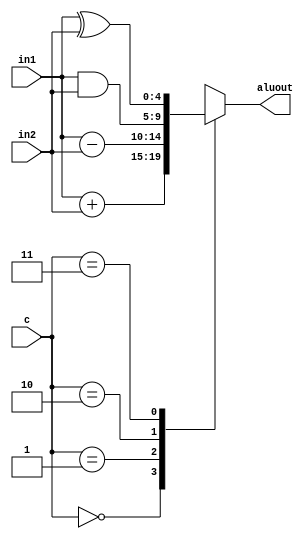
`timescale 1ns / 1ps
module ALU (in1, in2, c, aluout);
input [4:0] in1, in2;
input [1:0] c;
output reg [4:0] aluout;
always @ (in1, in2, c) begin
    case (c)
        2'b00: aluout = in1 + in2;
        2'b01: aluout = in1 - in2;
        2'b10: aluout = in1 & in2;
        2'b11: aluout = in1 ^ in2; 
    endcase
end
endmodule //ALU